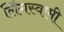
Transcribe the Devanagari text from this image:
लिंगस्वामी